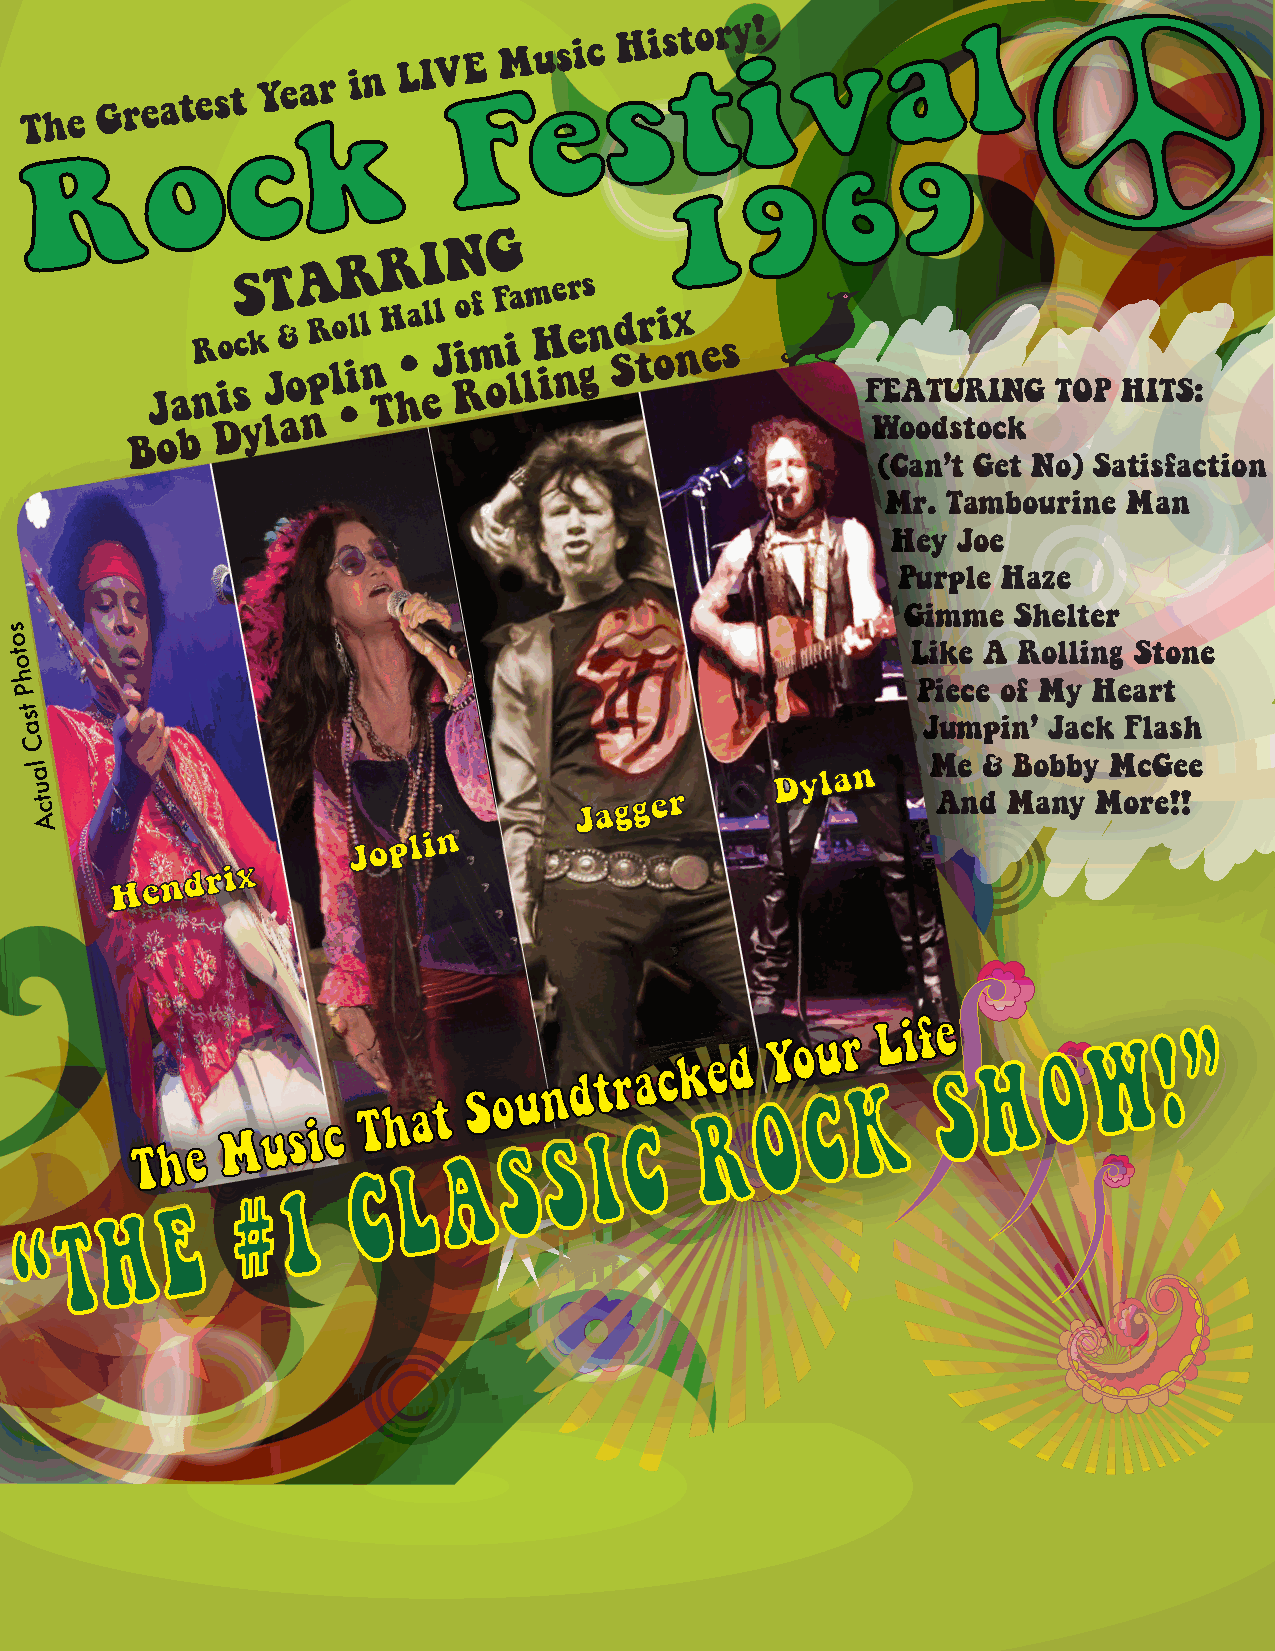
The
 Greatest
 Yea kr
 in L IV FE
 Mu esic
 sHist tory i!
 v
 a     l
 c
 o
 R                                                         9
 6
 9
 1
 BJ oa
 bnR Do
 i
 scS yk lJT &
 a
 oA
 npR lo
 •R
 ill
 n
 THR
 h•a
 elI
 Jl
 N
 o Ri mf
 oG
 F i la lm H
 i
 e nr e gs n Sd tr oi x n e s
 F WE oA oT dU stR oI cN kG TOP HITS:
 (Can’t Get No) Satisfaction
 Mr. Tambourine  Man
 Hey Joe
 Purple Haze
 Gimme  Shelter
 s
 o                                                           Like A Rolling Stone
 t
 o
 h
 Piece of My Heart
 P
 t
 s                                                           Jumpin’ Jack Flash
 a
 C
 la                                               Dylan
 Me & Bobby McGee
 u t c                               Ja g g e r              And  Many  More!!
 A
 J o p l i n
 Hendrix
 T h e M  u s i c
 T h a t
 S o Su n Sd t
 I
 r Ca c k Re d
 OYo Cu r
 K
 L i f e
 S  H   O
 W   ! ”
 A
 L
 C
 1
 #
 E
 H
 T
 “